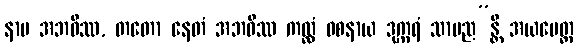
နာမ အဘဝိဿ, တတော နေတံ အဘဝိဿ ကလ္လံ ဝစနာယ ဒုက္ကရံ သာမည”န္တိ အယမေတ္ထ